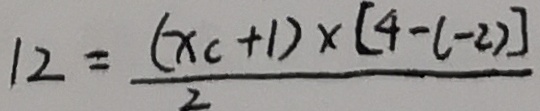
1 2 = \frac { ( x _ { + } 1 ) \times [ 4 - l - 2 ) ] } { 2 }